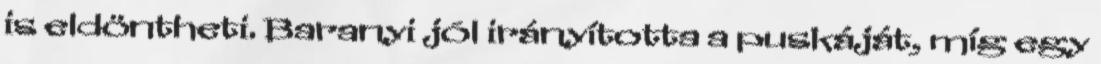
is eldöntheti. Baranyi jól irányította a puskáját, míg egy